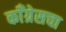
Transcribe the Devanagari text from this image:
कॉँग्रेसचा